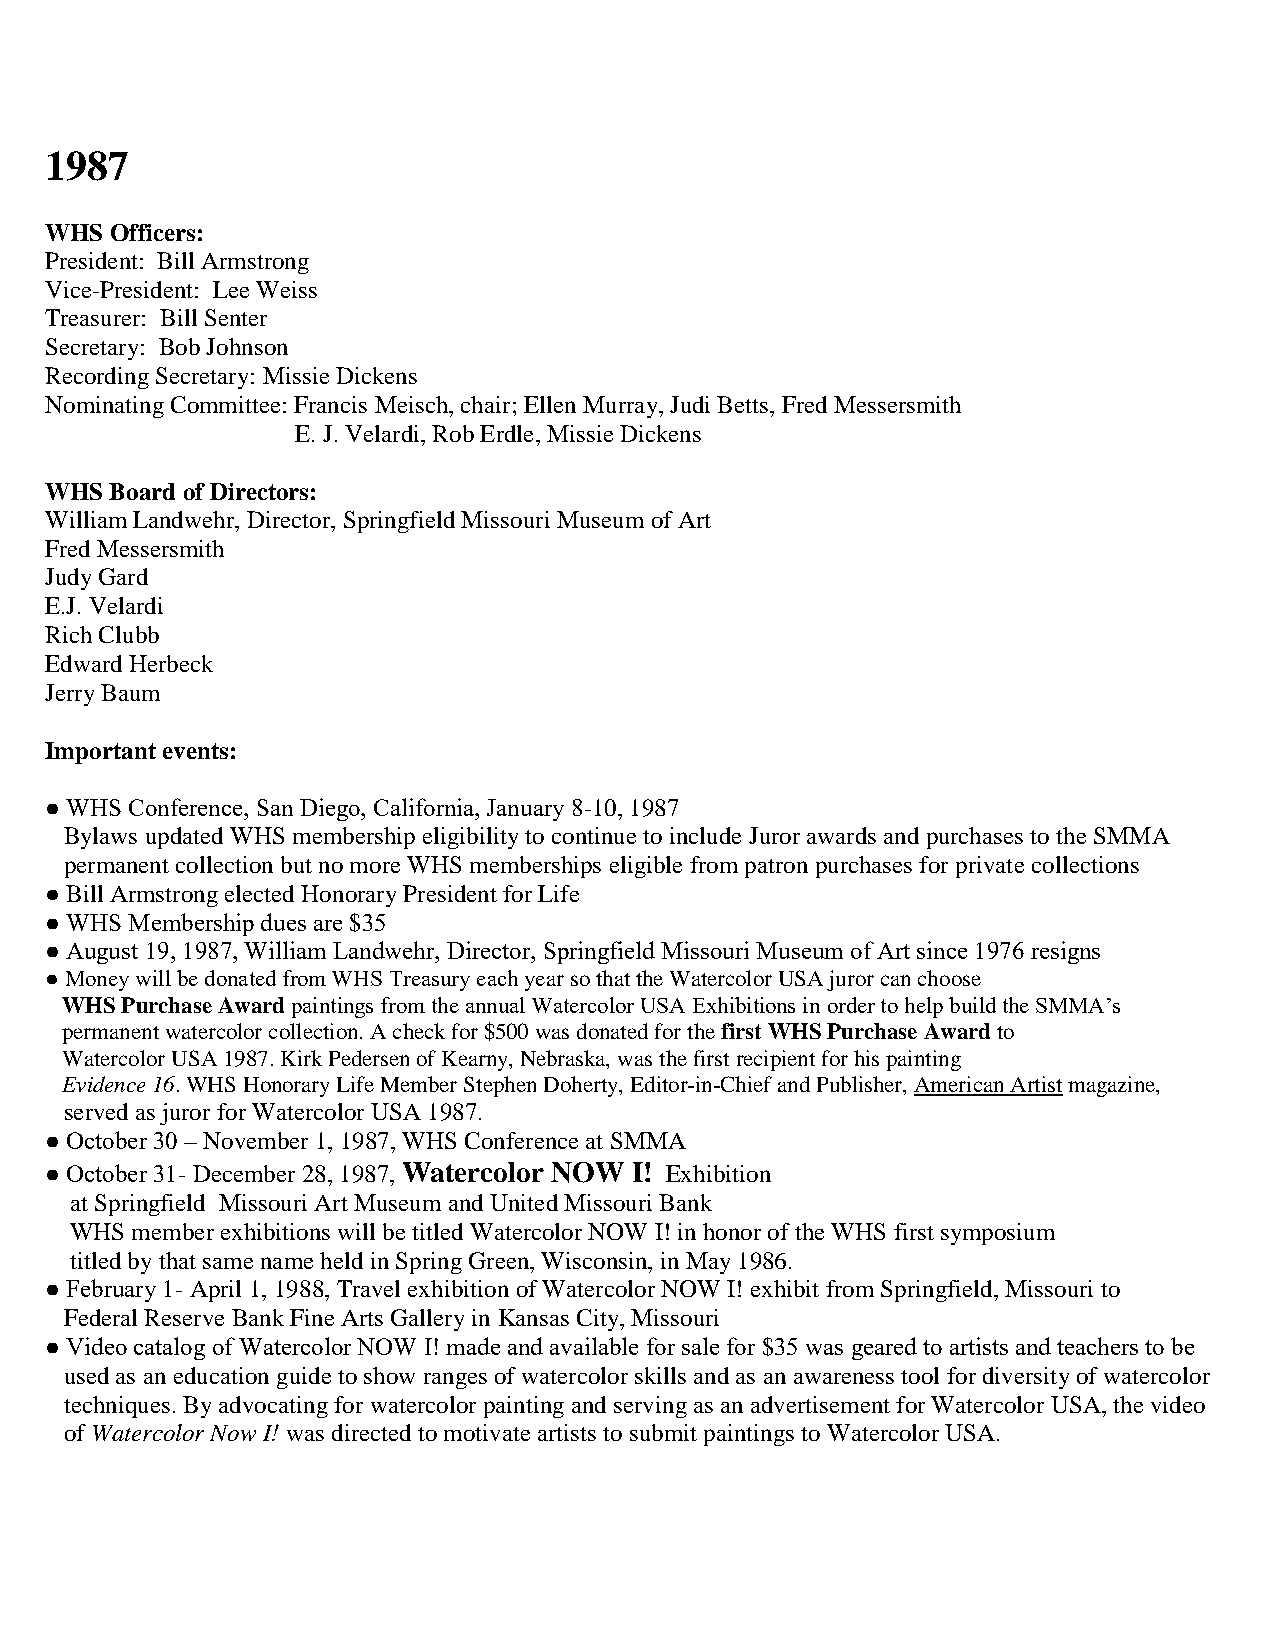
1987
 WHS Officers:
 President: Bill Armstrong
 Vice-President: Lee Weiss
 Treasurer: Bill Senter
 Secretary: Bob Johnson
 Recording Secretary: Missie Dickens
 Nominating Committee: Francis Meisch, chair; Ellen Murray, Judi Betts, Fred Messersmith
 E. J. Velardi, Rob Erdle, Missie Dickens
 WHS Board of Directors:
 William Landwehr, Director, Springfield Missouri Museum of Art
 Fred Messersmith
 Judy Gard
 E.J. Velardi
 Rich Clubb
 Edward Herbeck
 Jerry Baum
 Important events:
 ● WHS Conference, San Diego, California, January 8-10, 1987
 Bylaws updated WHS membership eligibility to continue to include Juror awards and purchases to the SMMA
 permanent collection but no more WHS memberships eligible from patron purchases for private collections
 ● Bill Armstrong elected Honorary President for Life
 ● WHS Membership dues are $35
 ● August 19, 1987, William Landwehr, Director, Springfield Missouri Museum of Art since 1976 resigns
 ● Money will be donated from WHS Treasury each year so that the Watercolor USA juror can choose
 WHS Purchase Award paintings from the annual Watercolor USA Exhibitions in order to help build the SMMA’s
 permanent watercolor collection. A check for $500 was donated for the first WHS Purchase Award to
 Watercolor USA 1987. Kirk Pedersen of Kearny, Nebraska, was the first recipient for his painting
 Evidence 16. WHS Honorary Life Member Stephen Doherty, Editor-in-Chief and Publisher, American Artist magazine,
 served as juror for Watercolor USA 1987.
 ● October 30 – November 1, 1987, WHS Conference at SMMA
 ● October 31- December 28, 1987, Watercolor NOW I! Exhibition
 at Springfield Missouri Art Museum and United Missouri Bank
 WHS member exhibitions will be titled Watercolor NOW I! in honor of the WHS first symposium
 titled by that same name held in Spring Green, Wisconsin, in May 1986.
 ● February 1- April 1, 1988, Travel exhibition of Watercolor NOW I! exhibit from Springfield, Missouri to
 Federal Reserve Bank Fine Arts Gallery in Kansas City, Missouri
 ● Video catalog of Watercolor NOW I! made and available for sale for $35 was geared to artists and teachers to be
 used as an education guide to show ranges of watercolor skills and as an awareness tool for diversity of watercolor
 techniques. By advocating for watercolor painting and serving as an advertisement for Watercolor USA, the video
 of Watercolor Now I! was directed to motivate artists to submit paintings to Watercolor USA.